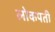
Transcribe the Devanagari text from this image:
लोकपती